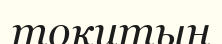
тоқитын